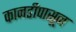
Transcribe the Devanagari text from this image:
कानडीपासून